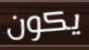
يكون